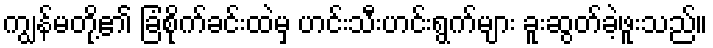
ကျွန်မတို့၏ ခြံစိုက်ခင်းထဲမှ ဟင်းသီးဟင်းရွက်များ ခူးဆွတ်ခဲ့ဖူးသည်။